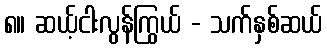
၈။ ဆယ့်ငါးလွန်ကြွယ် - သက်နှစ်ဆယ်